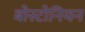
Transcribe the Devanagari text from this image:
बोस्टोनियन